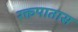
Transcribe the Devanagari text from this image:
रक्तपातास